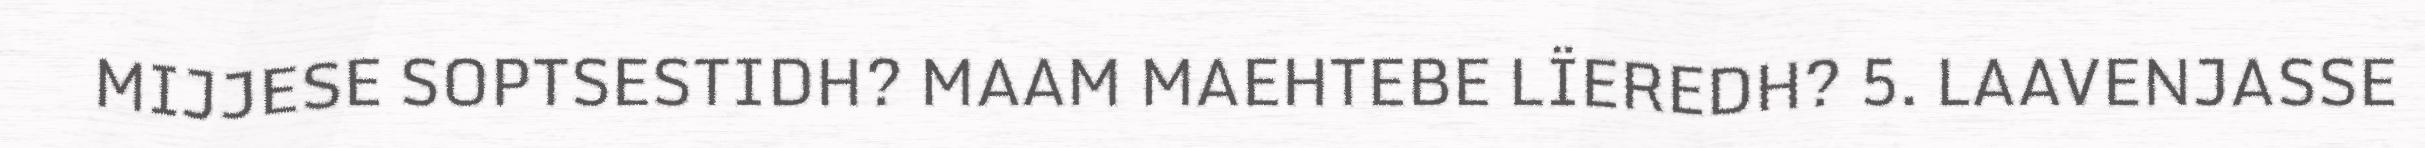
MIJJESE SOPTSESTIDH? MAAM MAEHTEBE LÏEREDH? 5. LAAVENJASSE